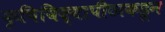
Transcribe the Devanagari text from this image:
कृषिविद्यापीठाकडून